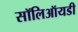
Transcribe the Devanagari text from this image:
सॉलिऑयडी